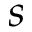
s